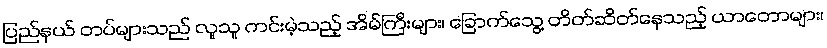
ပြည်နယ် တပ်များသည် လူသူ ကင်းမဲ့သည့် အိမ်ကြီးများ၊ ခြောက်သွေ့ တိတ်ဆိတ်နေသည့် ယာတောများ၊